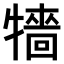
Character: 𤛷